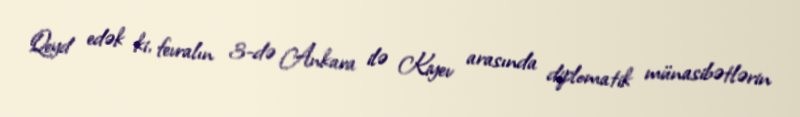
Qeyd edək ki, fevralın 3-də Ankara ilə Kiyev arasında diplomatik münasibətlərin